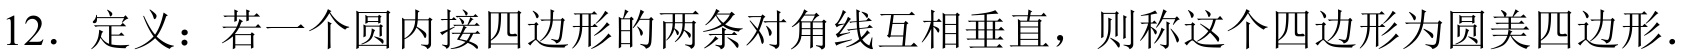
12. 定义：若一个圆内接四边形的两条对角线互相垂直，则称这个四边形为圆美四边形.